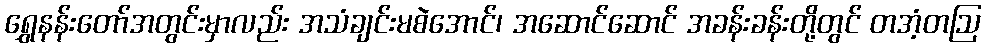
ရွှေနန်းတော်အတွင်းမှာလည်း အသံချင်းမစဲအောင်၊ အဆောင်ဆောင် အခန်းခန်းတို့တွင် တအံ့တဩ